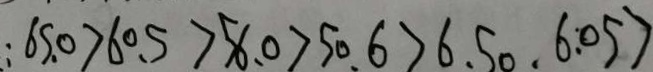
: 6 5 . 0 > 6 0 . 5 > 5 6 . 0 > 5 0 . 6 > 6 . 5 0 . 6 . 0 5 >